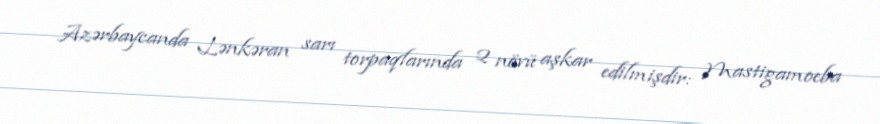
Azərbaycanda Lənkəran sarı torpaqlarında 2 növü aşkar edilmişdir: Mastigamoeba